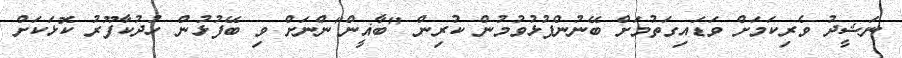
ނަޝީދު ވެރިކަމަށް ވަޑައިގަތުމަށް ބޭނުންފުޅުވުމުން ކުރިން "ބާޣީން"ންނަށް ވި ބޭފުޅުން ހުދުކާފޫރު ކޮޅަކަށް